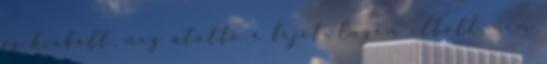
és kiabált, meg ütötte a fejét. Engem eltolt, nem